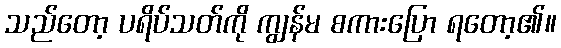
သည်တော့ ပရိပ်သတ်ကို ကျွန်မ စကားပြော ရတော့၏။